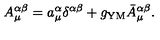
A _ { \mu } ^ { \alpha \beta } = a _ { \mu } ^ { \alpha } \delta ^ { \alpha \beta } + g _ { \mathrm { Y M } } \bar { A } _ { \mu } ^ { \alpha \beta } .